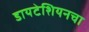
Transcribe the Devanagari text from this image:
डायटेशियनचा